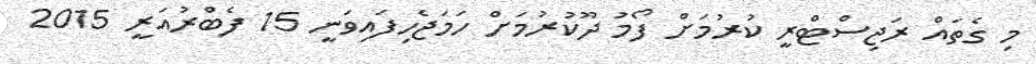
މި ގެތައް ރަޖިސްޓްރީ ކުރުމަށް ފޯމު ދޫކުރުމަށް ހަމަޖެހިފައިވަނީ 15 ފެބްރުއަރީ 2015